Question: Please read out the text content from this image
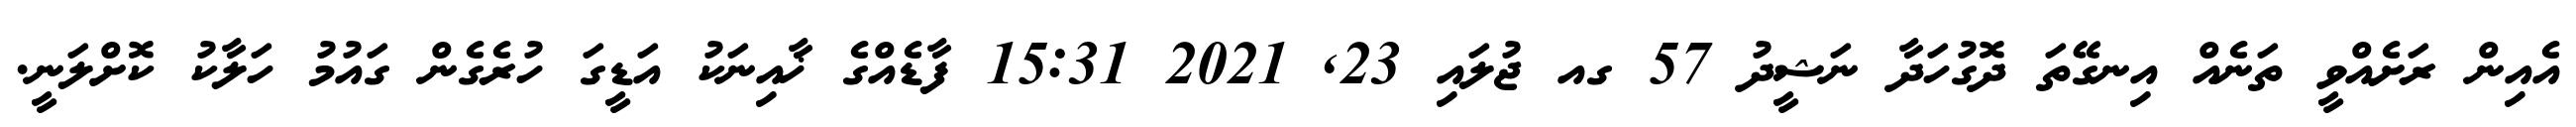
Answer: އެއިން ރަށެއްވީ ތަނެއް އިނގޭތަ ދޮގުހަދާ ނަޝީދު 57 ގއ ޖުލައި 23, 2021 15:31 ފާޑެއްގެ ޚާއިނަކު އަޑީގަ ހުރެގެން ގައުމު ހަލާކު ކޮށްލަނީ.